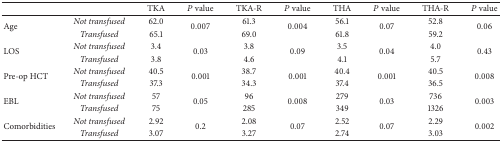
|  |  | TKA | P value | TKA-R | P value | THA | P value | THA-R | P value |
 | --- | --- | --- | --- | --- | --- | --- | --- | --- | --- |
 | <ROWSPAN=2> Age | Not transfused | 62.0 | <ROWSPAN=2> 0.007 | 61.3 | <ROWSPAN=2> 0.004 | 56.1 | <ROWSPAN=2> 0.07 | 52.8 | <ROWSPAN=2> 0.06 |
 | Transfused | 65.1 | 69.0 | 61.8 | 59.2 |
 | <ROWSPAN=2> LOS | Not transfused | 3.4 | <ROWSPAN=2> 0.03 | 3.8 | <ROWSPAN=2> 0.09 | 3.5 | <ROWSPAN=2> 0.04 | 4.0 | <ROWSPAN=2> 0.43 |
 | Transfused | 3.8 | 4.6 | 4.1 | 5.7 |
 | <ROWSPAN=2> Pre-op HCT | Not transfused | 40.5 | <ROWSPAN=2> 0.001 | 38.7 | <ROWSPAN=2> 0.001 | 40.4 | <ROWSPAN=2> 0.001 | 40.5 | <ROWSPAN=2> 0.008 |
 | Transfused | 37.3 | 34.3 | 37.4 | 36.5 |
 | <ROWSPAN=2> EBL | Not transfused | 57 | <ROWSPAN=2> 0.05 | 96 | <ROWSPAN=2> 0.008 | 279 | <ROWSPAN=2> 0.03 | 736 | <ROWSPAN=2> 0.003 |
 | Transfused | 75 | 285 | 349 | 1326 |
 | <ROWSPAN=2> Comorbidities | Not transfused | 2.92 | <ROWSPAN=2> 0.2 | 2.08 | <ROWSPAN=2> 0.07 | 2.52 | <ROWSPAN=2> 0.07 | 2.29 | <ROWSPAN=2> 0.002 |
 | Transfused | 3.07 | 3.27 | 2.74 | 3.03 |